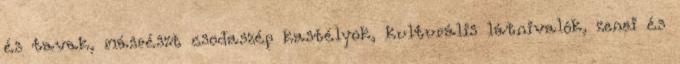
és tavak, másrészt csodaszép kastélyok, kulturális látnivalók, zenei és